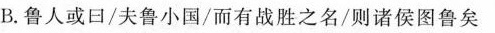
B鲁人或曰/夫鲁小国/而有战胜之名/则诸侯图鲁矣